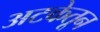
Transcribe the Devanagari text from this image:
अटकेतून